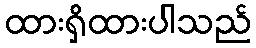
ထားရှိထားပါသည်